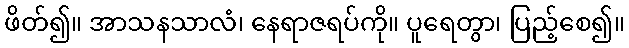
ဖိတ်၍။ အာသနသာလံ၊ နေရာဇရပ်ကို။ ပူရေတွာ၊ ပြည့်စေ၍။